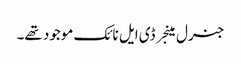
جنرل مینجر ڈی ایل نائک موجود تھے۔